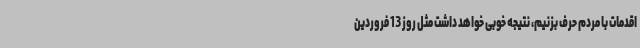
اقدمات با مردم حرف بزنیم، نتیجه خوبی خواهد داشت مثل روز 13 فروردین